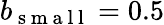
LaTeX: b_{\mathrm{~s~m~a~l~l~}}=0.5